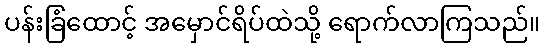
ပန်းခြံထောင့် အမှောင်ရိပ်ထဲသို့ ရောက်လာကြသည်။